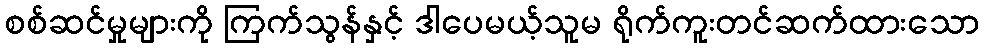
စစ်ဆင်မှုများကို ကြက်သွန်နှင့် ဒါပေမယ့်သူမ ရိုက်ကူးတင်ဆက်ထားသော